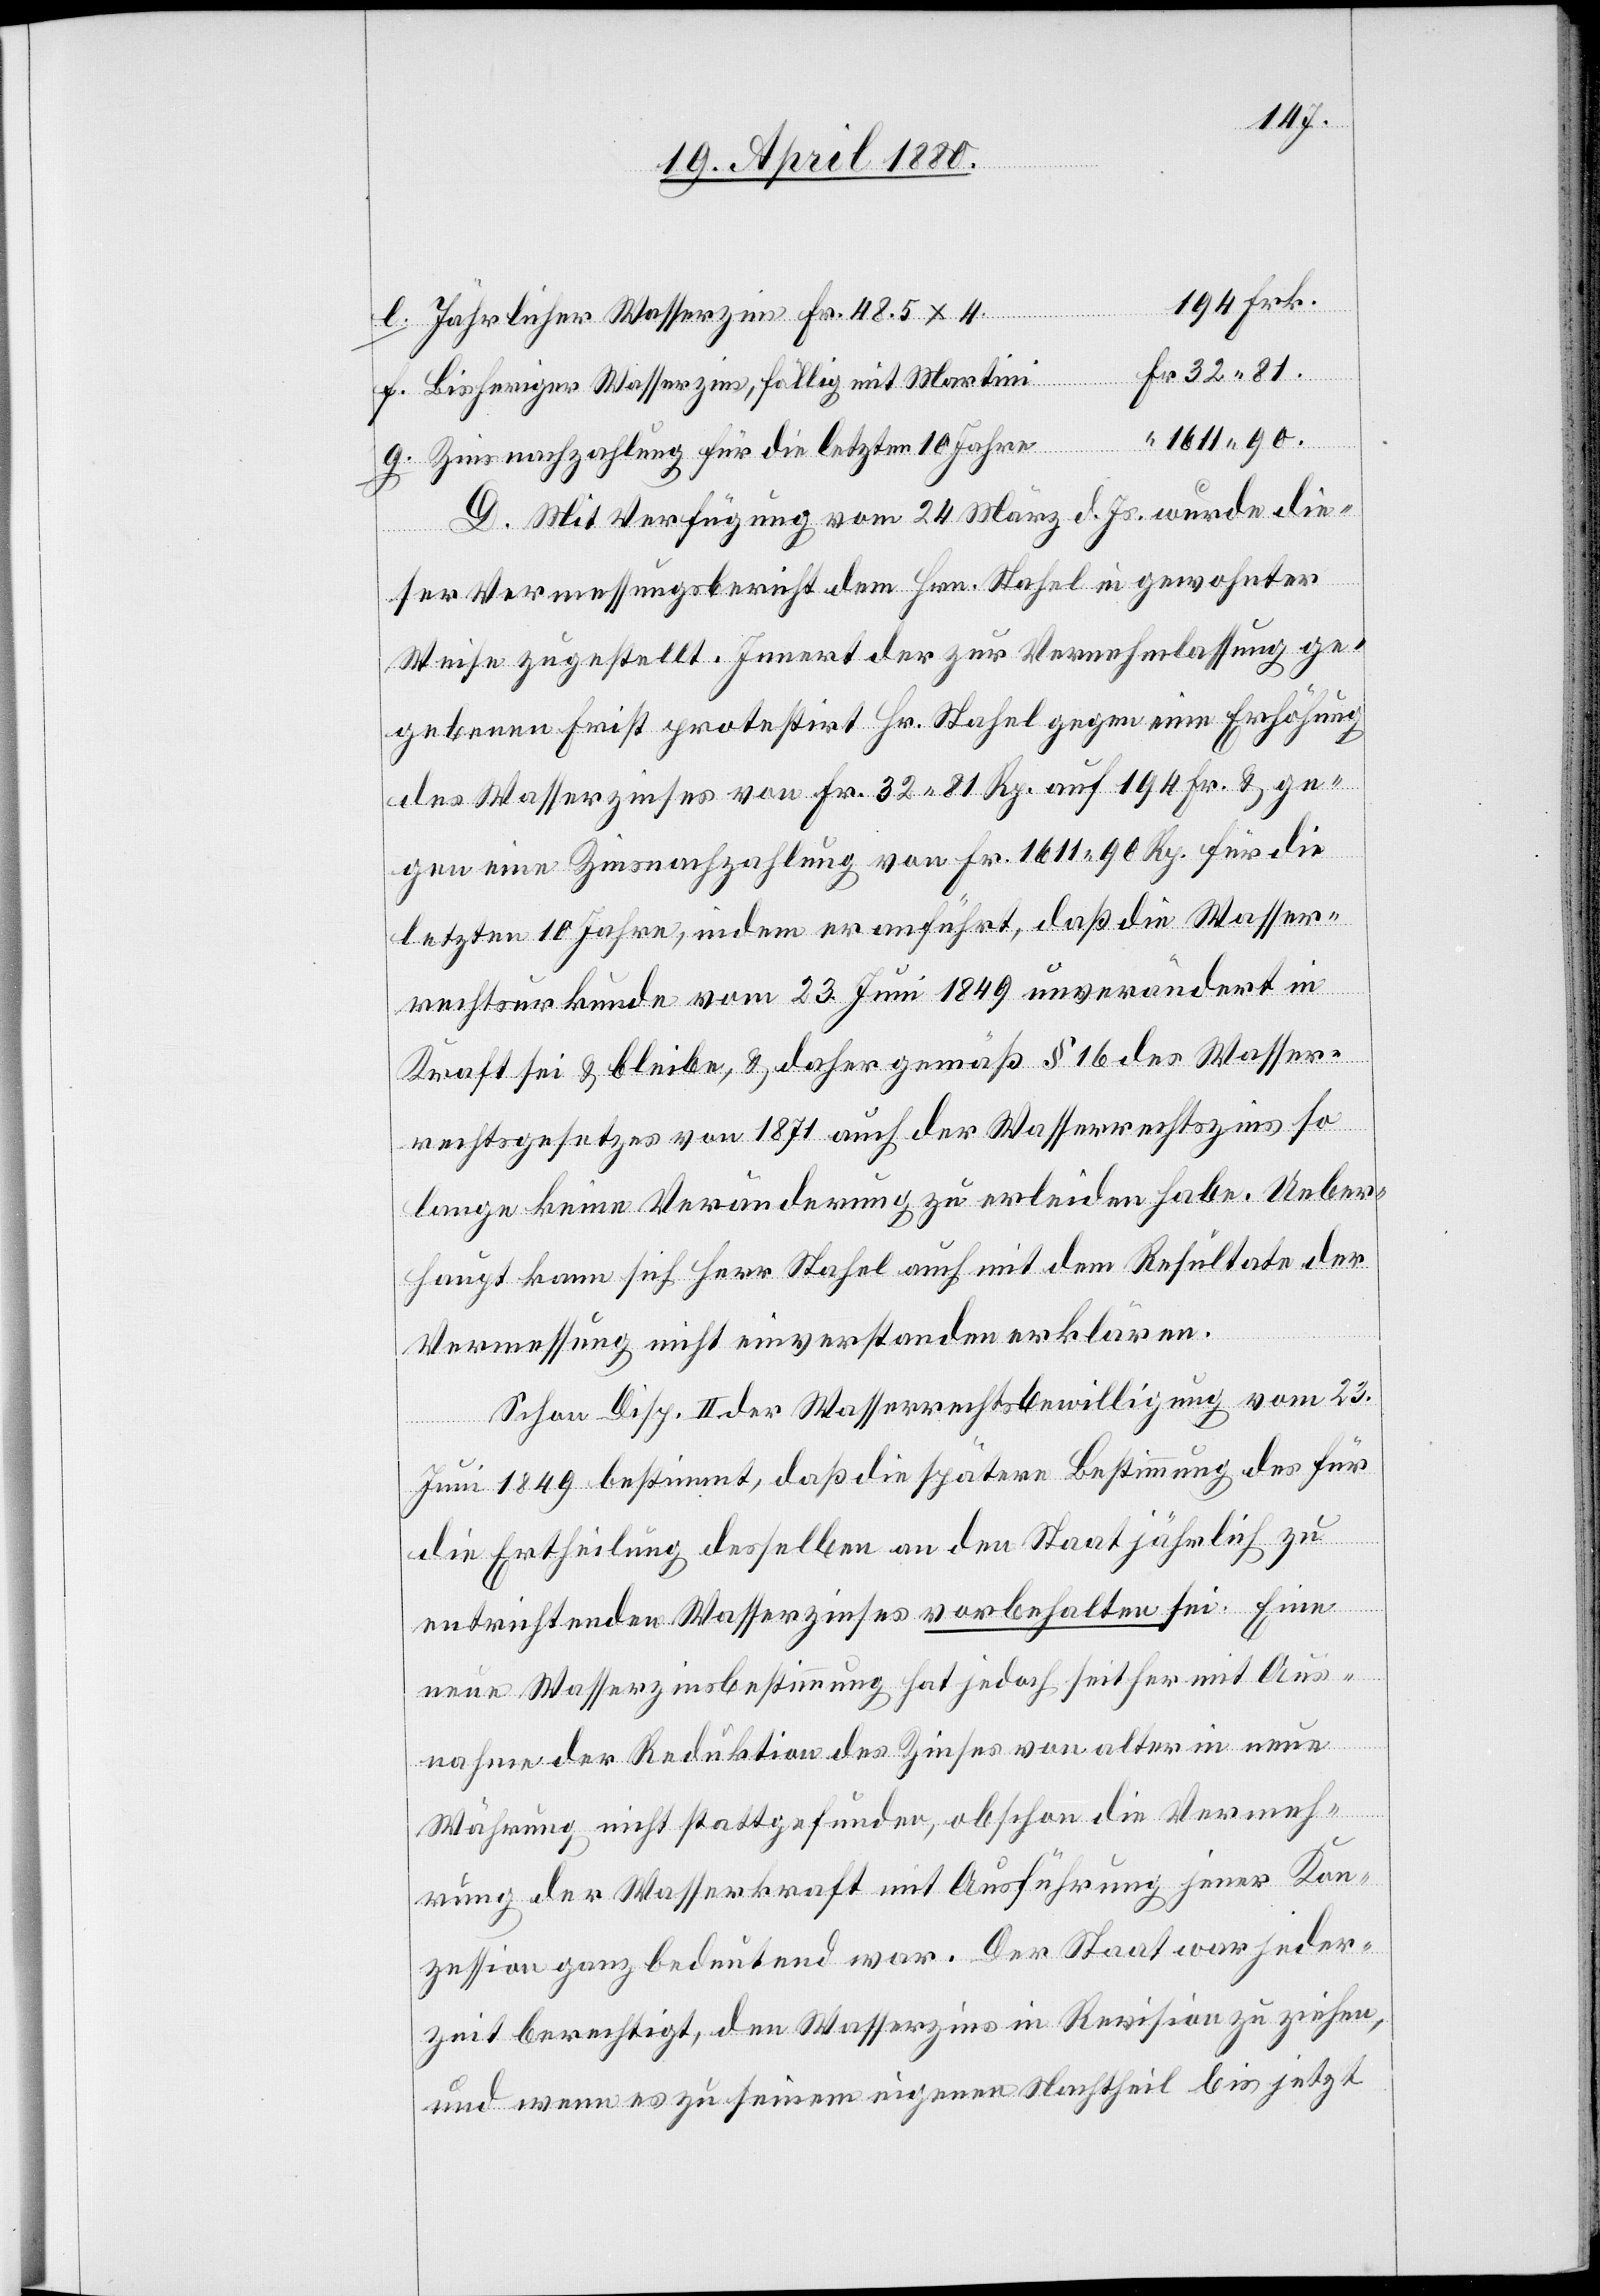
Jährlicher Wasserzins Fr. 48.5 x 4
f.
Zinsnachzahlung für die letzten 10 Jahre
D. Mit Verfügung vom 24. März d. Js. wurde die¬
ser Vermessungsbericht dem Hrn. Stahel in gewohnter
Weise zugestellt. Innert der zur Vernehmlassung ge¬
gebenen Frist protestirt Hr. Stahel gegen eine Erhöhung
des Wasserzinses von Fr. 32. 81 Rp. auf 194 Fr. & ge¬
gen eine Zinsnachzahlung von Fr. 1611. 90 Rp. für die
letzten 10 Jahre, indem er anführt, daß die Wasser¬
rechtsurkunde vom 23. Juni 1849 unverändert in
Kraft sei & bleibe, & daher gemäß § 16 des Wasser¬
rechtsgesetzes von 1871 auch der Wasserrechtszins so
lange keine Veränderung zu erleiden habe. Ueber¬
haupt kann sich Herr Stahel auch mit dem Resultate der
Vermessung nicht einverstanden erklären.
Schon Disp. II der Wasserrechtsbewilligung vom 23.
Juni 1849 bestimmt, daß die spätere Bestimmung des für
die Ertheilung desselben an den Staat jährlich zu
entrichtenden Wasserzinses vorbehalten sei. Eine
neue Wasserzinsbestimmung hat jedoch seither mit Aus¬
nahme der Reduktion des Zinses von alter in neue
Währung nicht stattgefunden, obschon die Vermes¬
sung der Wasserkraft mit Ausführung jener Kon¬
zession ganz bedeutend war. Der Staat war jeder¬
zeit berechtigt, den Wasserzins in Revision zu ziehen,
und wenn es zu seinem eigenen Nachtheil bis jetzt